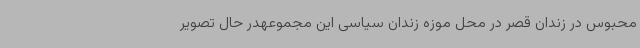
محبوس در زندان قصر در محل موزه زندان سیاسی این مجموعهدر حال تصویر